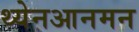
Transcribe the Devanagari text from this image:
थ्येनआनमन